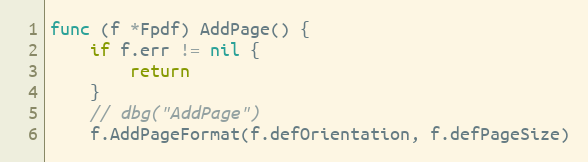
Language: Go
func (f *Fpdf) AddPage() {
	if f.err != nil {
		return
	}
	// dbg("AddPage")
	f.AddPageFormat(f.defOrientation, f.defPageSize)